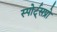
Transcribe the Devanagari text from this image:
स्पोर्ट्‌सप्रो